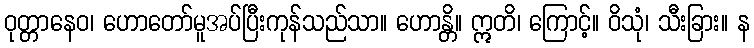
ဝုတ္တာနေဝ၊ ဟောတော်မူအပ်ပြီးကုန်သည်သာ။ ဟောန္တိ။ ဣတိ၊ ကြောင့်။ ဝိသုံ၊ သီးခြား။ န